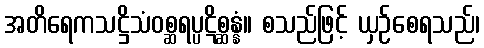
အတိရေကသဋ္ဌိသံဝစ္ဆရပ္ပဋိစ္ဆန္နံ။ စသည်ဖြင့် ယှဉ်စေရသည်၊